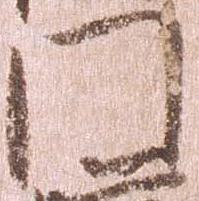
門